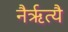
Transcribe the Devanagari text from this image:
नैर्ऋत्यै